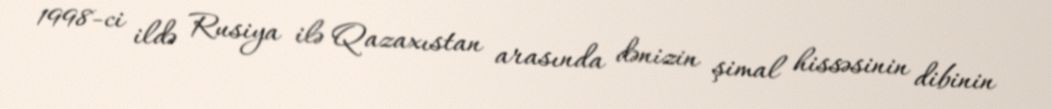
1998-ci ildə Rusiya ilə Qazaxıstan arasında dənizin şimal hissəsinin dibinin